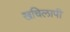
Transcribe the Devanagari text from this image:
खचिलापी